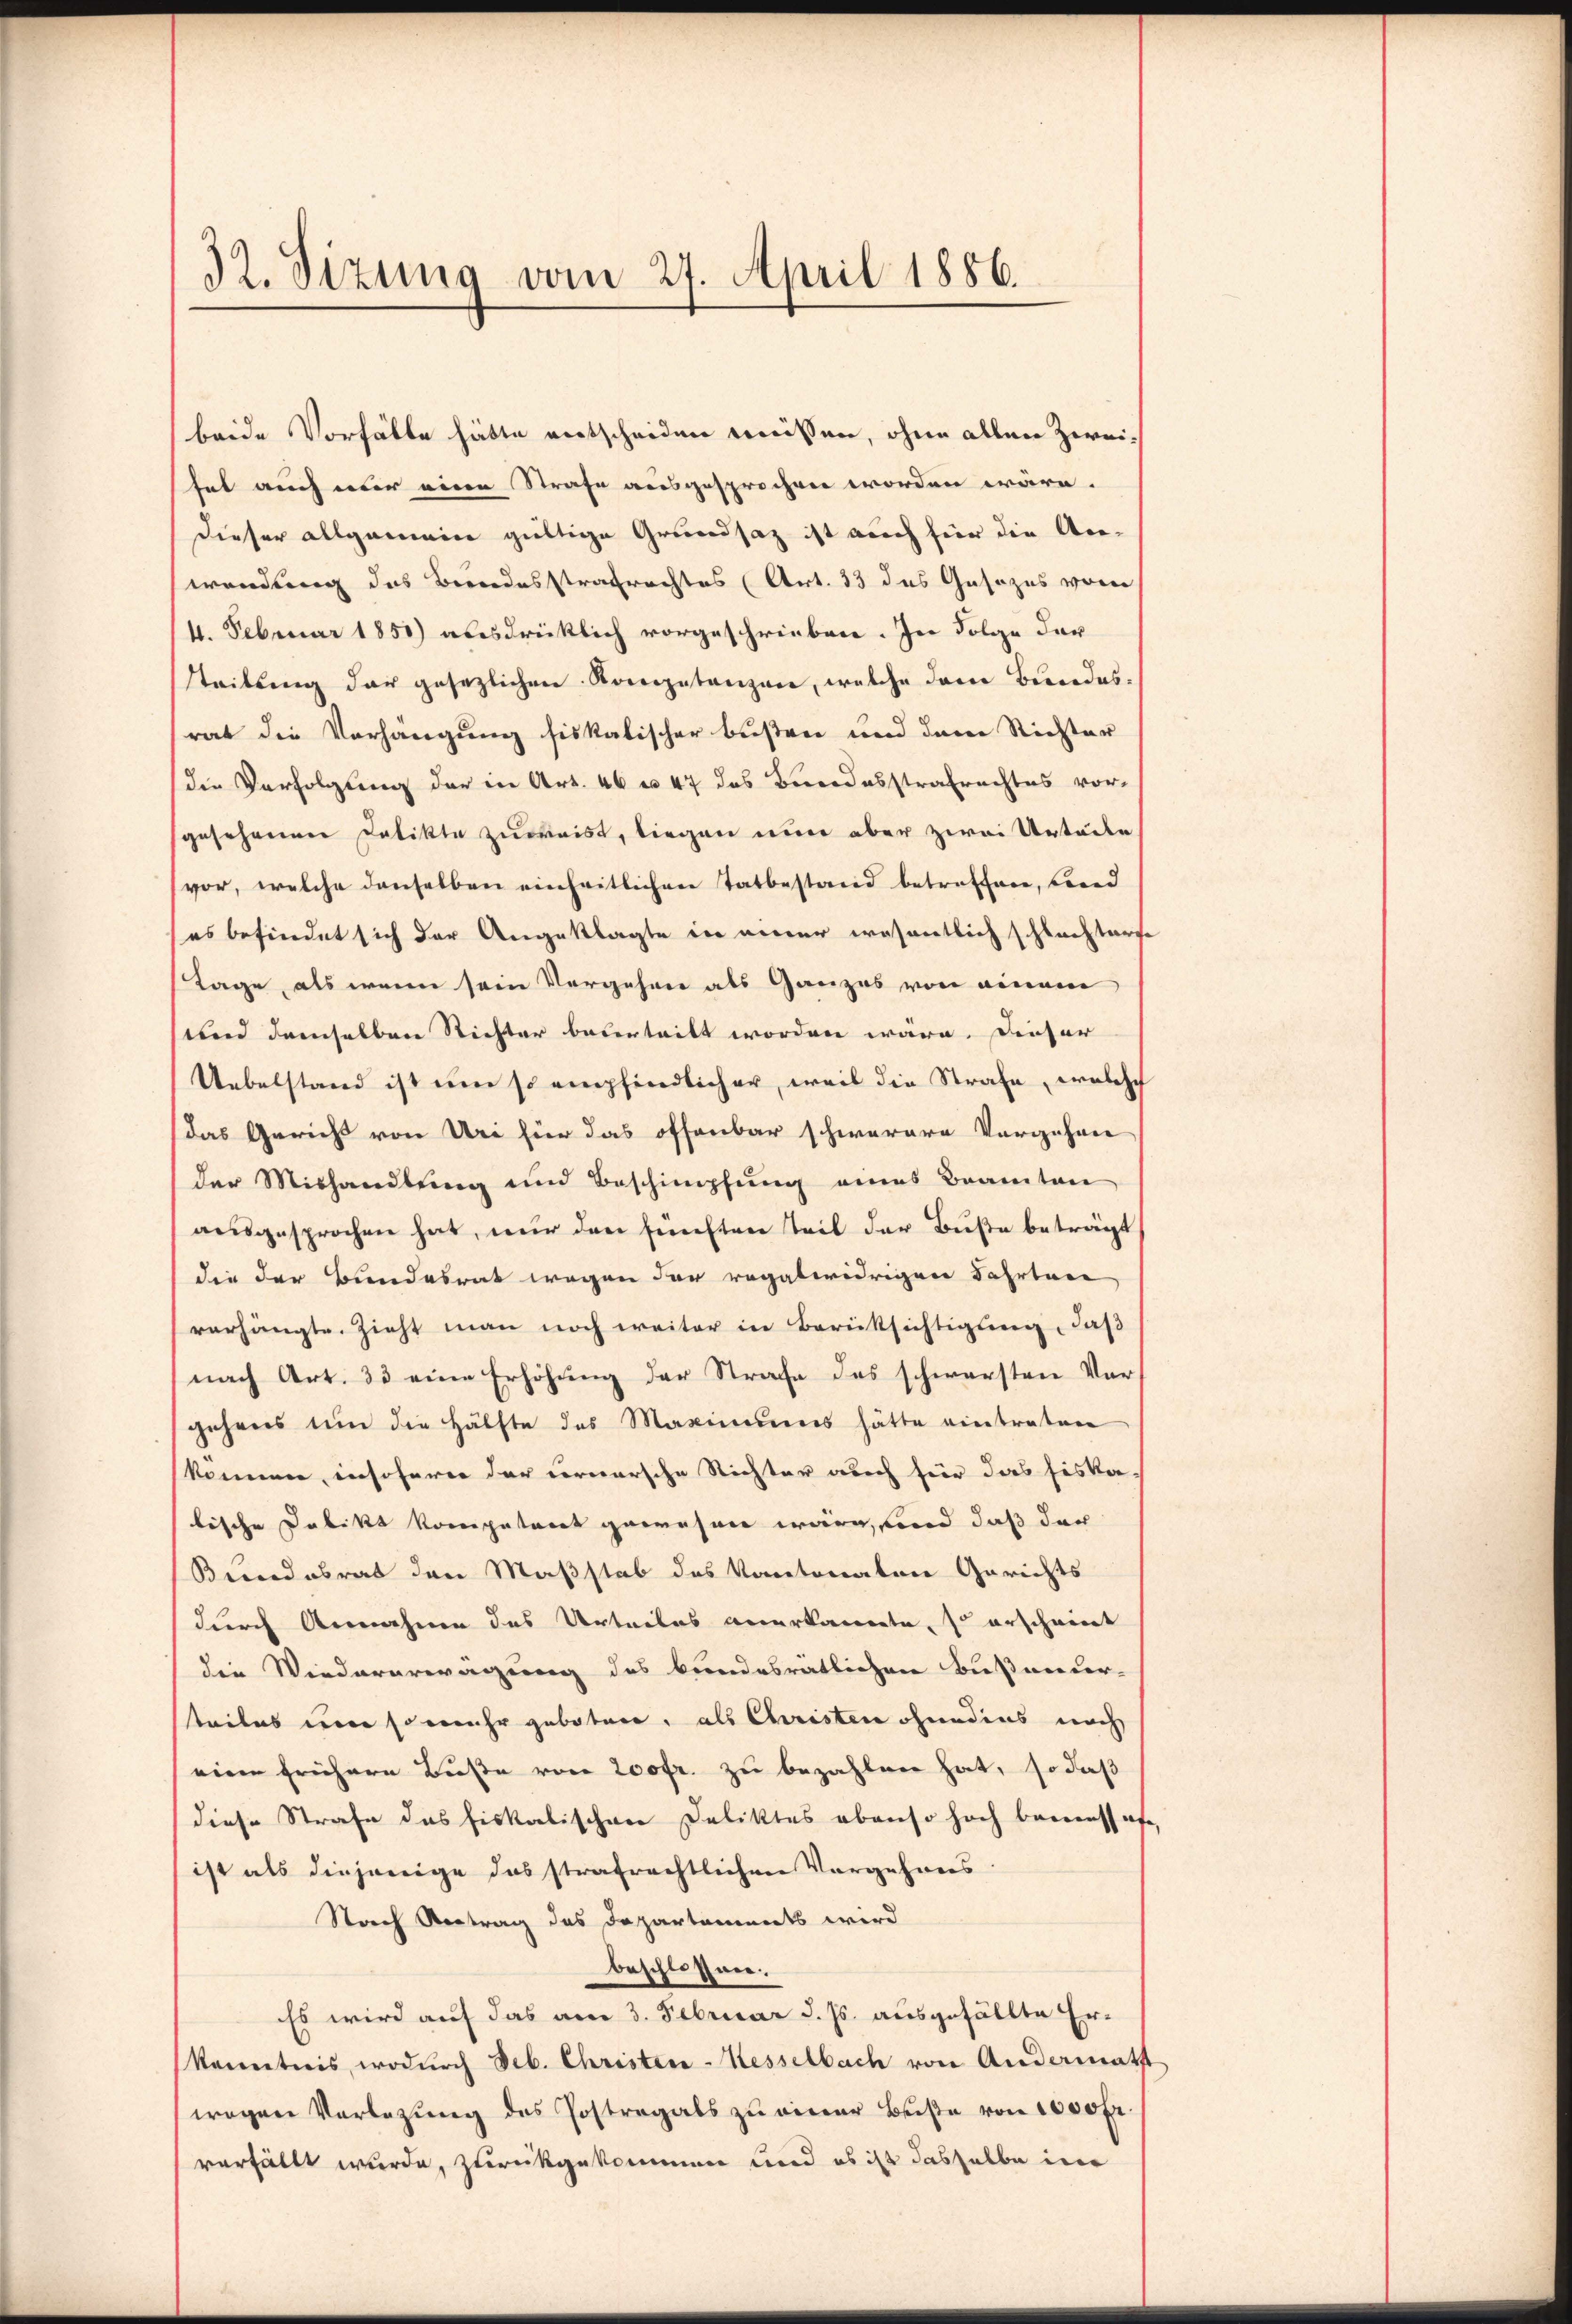
32. Sizung vom 27. April 1886.

beide Vorhätte hätte entscheiden weissen, ohne allen Zweihat auch nur einen Strafe ausgesprochen worden wäre.
dieser allgemein gültige Grundsaz ist auch für die An-
wendung des Berodesstrafrechtes (Art. 33 das Gesezes vom
4. Februar 1850) ausdrücklich vorgeschrieben. In Folge der
Steitung der gesezlichen Kompetanzen, welche dene Beendesrat die Verhängung fiskalischer büßen und dem Richter
die Verfolgung der in Art. 46 u. 47 des Bundesstrafrachtes vor-
gesehenen Delikte zuweist, liegen nun aber zwei Urteile
vor, welche denselben einheitlichen Tatbestand betreffen, beid
es befindet sich der Angeklagte in einer wesentlich schlachterse
Tage, als wenn sein Vergehren als Ganzes von einem
uund demselben Richter beterteilt worden wäre. Dieser
Uebelstand ist um so empfindlicher, weil die Strafe, welche
das Gericht von Uri für das offenbar schwerere Vorgehren
der Mishandlung und Beschimpfung eines Beamten
ausgesprochen hat, nur den fünften Teil der Buße beträgt
die der Bundesrat wegen der rogatwidrigen Fahrtare
verhängte Zieht man noch weiter in Berücksichtigung, daß
nach Art. 33 eine Erhöhung der Strafe des schwersten Vergehens um die Hälfte des Maximŭms hätte eintraten
können, insoferer der Fernersche Richter auch für das Fiska
tische Dabikt kompetent gewesen wäre, sind daß der
Bundesrat den Maßstab des Kantonaten Gerichts
durch Annahme des Urteiles anerkannte, so erscheint
die Wiedererwägung des bundesrätlichen Bußnieder-
teiles der so mehr geboten, als Christen ohnedies nach
einen frühern Buße von 200fr. zu bezahleer hat, so daß
diese Strafe das Fiskalischen Deliktes obenso hoch beerenschafe,
ist als diejenige das strafrechtlichen Vorgehrers
Norch Vertrag das Departaments wird
beschlossen.
Es wird auf das am 3. Februar d. Js. ausgefällte Er¬
(kanntnis, wodŭrch Seb. Christen-Kesselbach von Andermatst
wogen Verlegŭng des Postregals zŭ einer Bŭβe von 1000 fr.
verfällt wurde, zurückgekommen und es ist dasselbe in